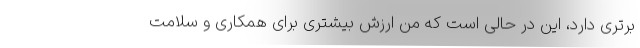
برتری دارد، این در حالی است که من ارزش بیشتری برای همکاری و سلامت